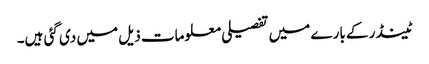
ٹینڈر کے بارے میں تفصیلی معلومات ذیل میں دی گئی ہیں۔